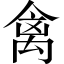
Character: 禽